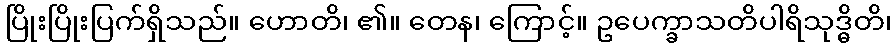
ပြိုးပြိုးပြက်ရှိသည်။ ဟောတိ၊ ၏။ တေန၊ ကြောင့်။ ဥပေက္ခာသတိပါရိသုဒ္ဓိတိ၊